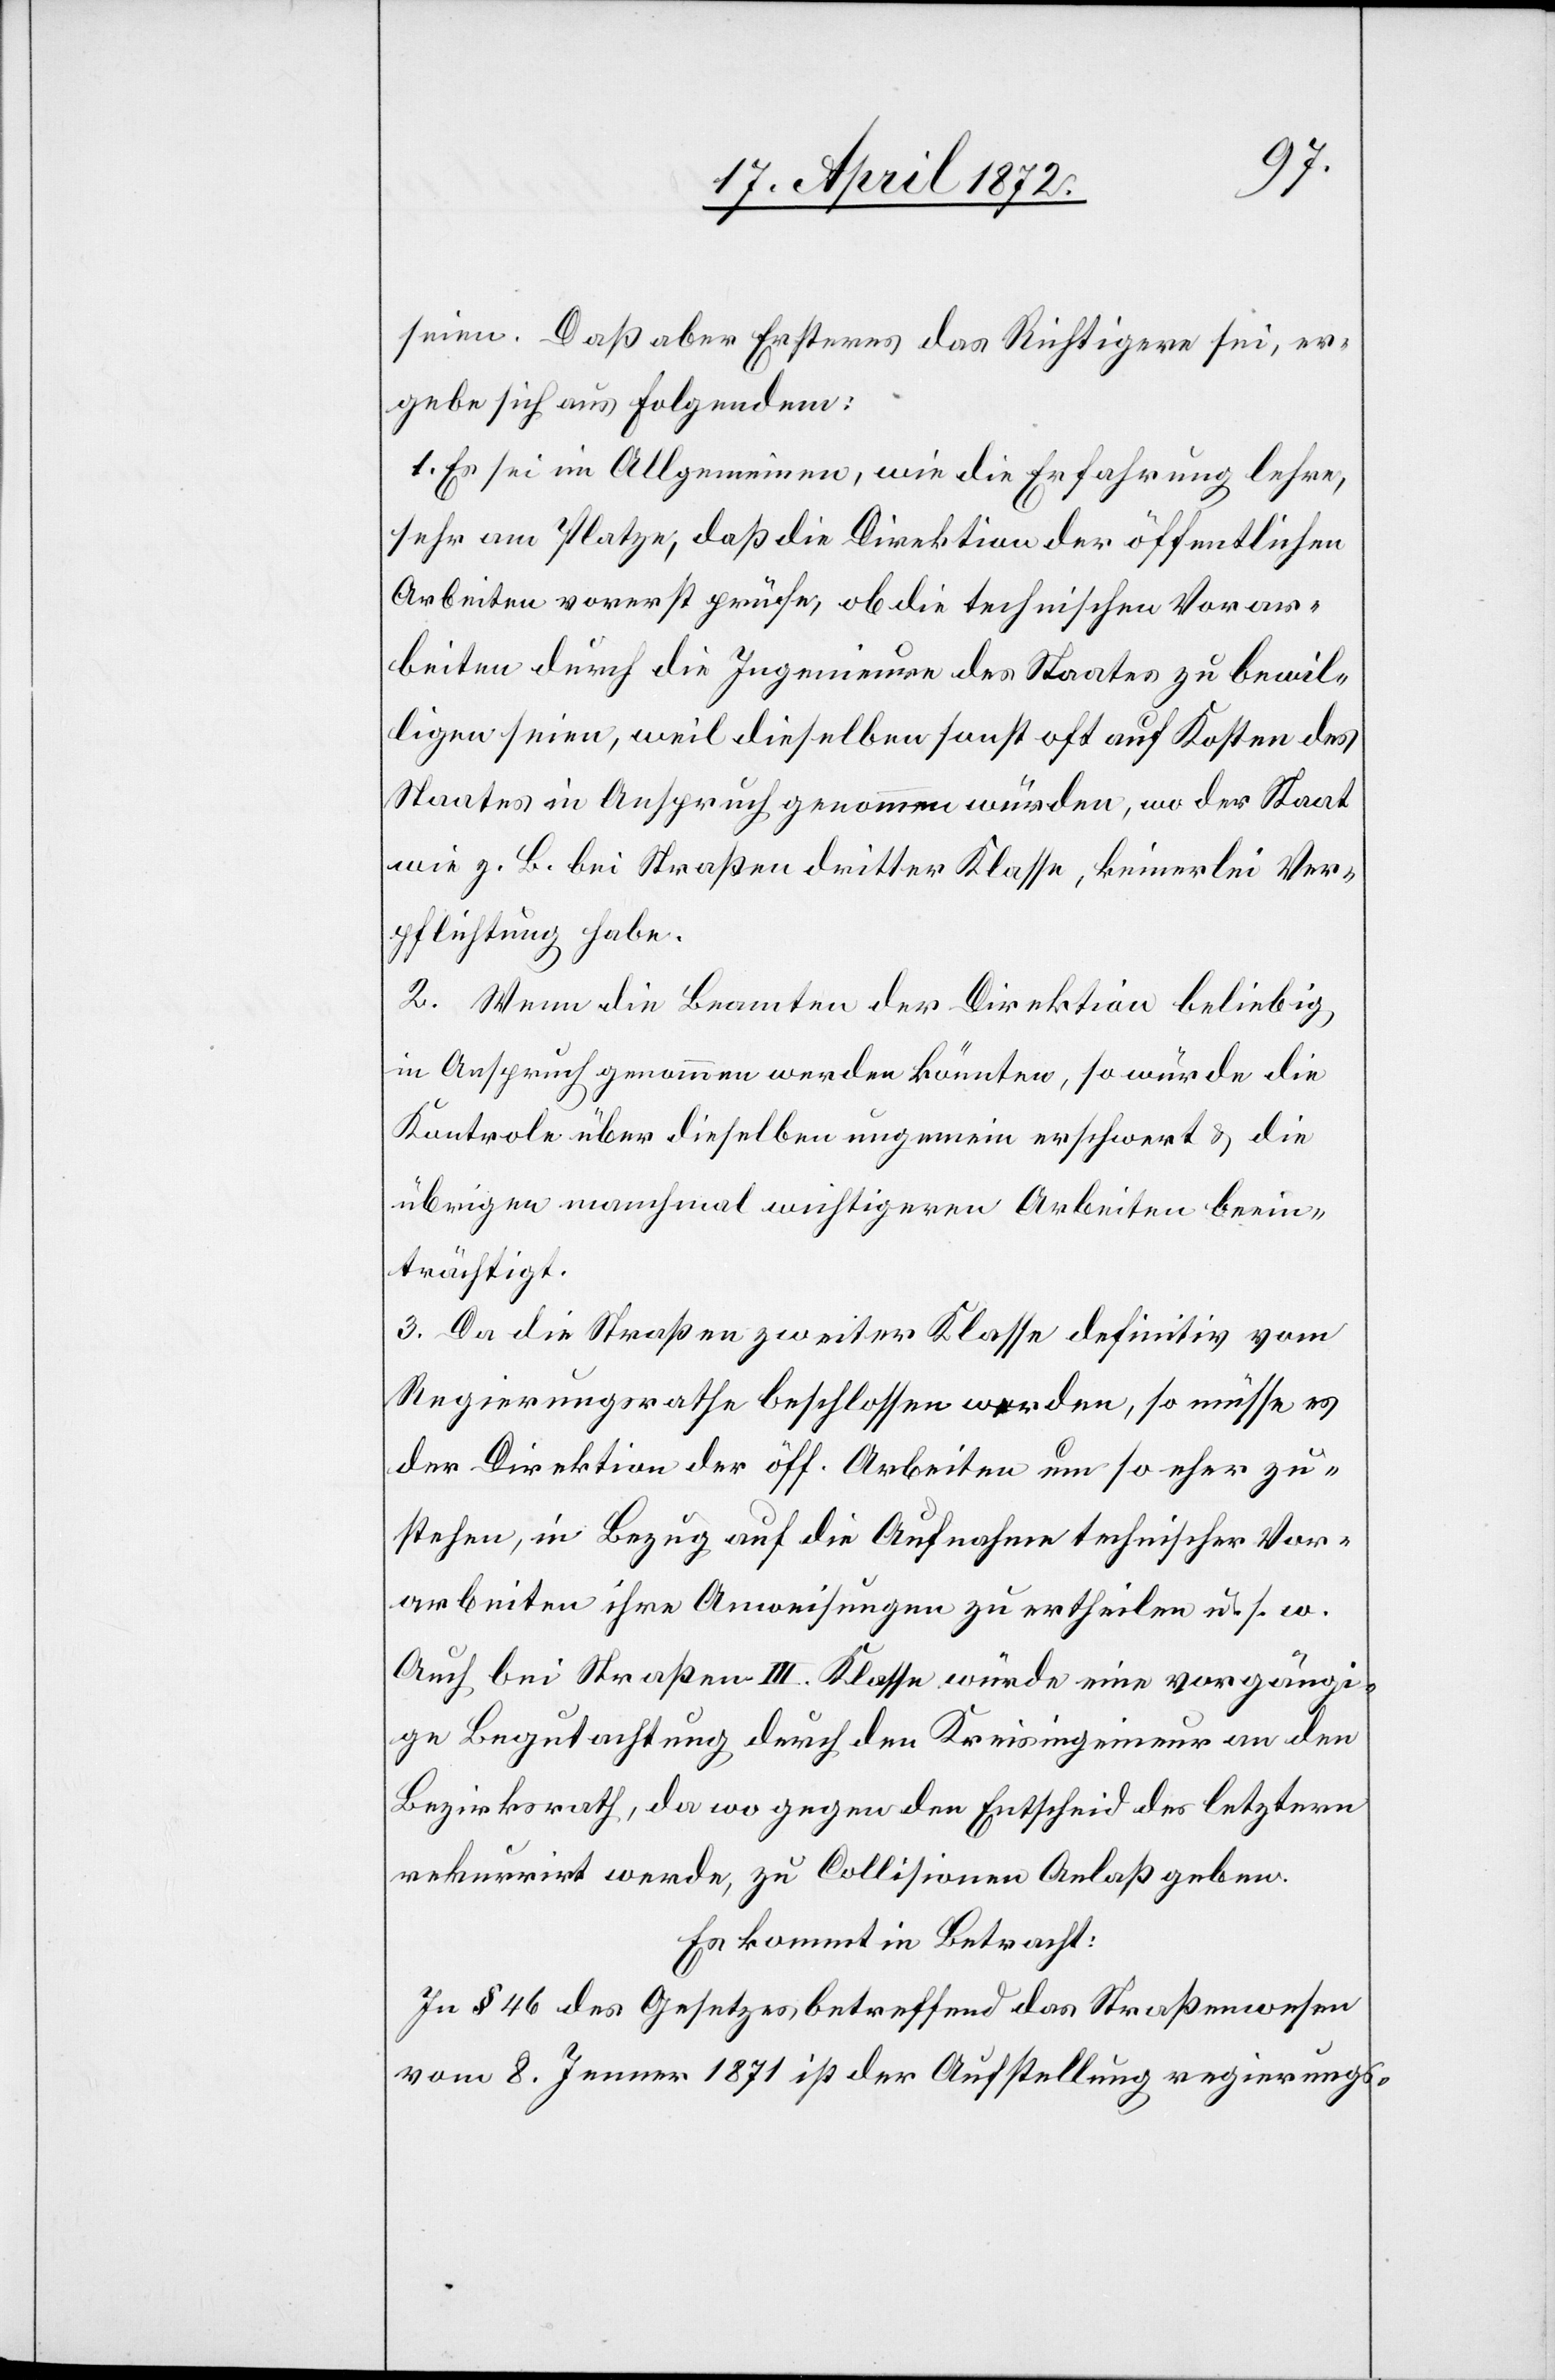
seien. Daß aber Ersteres das Richtigere sei, er¬
gebe sich aus Folgendem:
1. Es sei im Allgemeinen, wie die Erfahrung lehre,
sehr am Platze, daß die Direktion der öffentlichen
Arbeiten vorerst prüfe, ob die technischen Vorar¬
beiten durch die Ingenieure des Staates zu bewil¬
ligen seien, weil dieselben sonst oft auf Kosten des
Staates in Anspruch genommen würden, wo der Staat
wie z. B. bei Straßen dritter Klasse, keinerlei Ver¬
pflichtung habe.
2. Wenn die Beamten der Direktion beliebig
in Anspruch genommen werden könnten, so würde die
Kontrole über dieselben ungemein erschwert u. die
übrigen manchmal wichtigeren Arbeiten beein¬
trächtigt.
3. Da die Straßen zweiter Klasse definitiv vom
Regierungsrathe beschlossen werden, so müsse es
der Direktion der öff. Arbeiten um so eher zu¬
stehen, in Bezug auf die Aufnahme technischer Vor¬
arbeiten ihre Anweisungen zu ertheilen u. s. w.
Auch bei Straßen III. Klasse würde eine vorgängi¬
ge Begutachtung durch den Kreisingenieur an den
Bezirksrath, da wo gegen den Entscheid des letztern
rekurrirt werde, zu Collisionen Anlaß geben.
Es kommt in Betracht:
In § 46 des Gesetzes betreffend das Straßenwesen
vom 8. Jenner 1871 ist der Aufstellung regierungs-